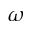
\omega